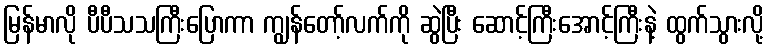
မြန်မာလို ပီပီသသကြီးပြောကာ ကျွန်တော့်လက်ကို ဆွဲပြီး ဆောင့်ကြီးအောင့်ကြီးနဲ့ ထွက်သွားလို့